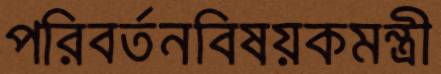
পরিবর্তনবিষয়কমন্ত্রী